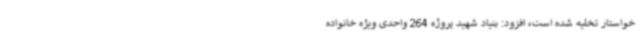
خواستار تخلیه شده است، افزود: بنیاد شهید پروژه 264 واحدی ویژه خانواده